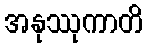
အနုဿုကာတိ